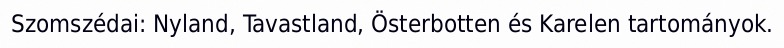
Szomszédai: Nyland, Tavastland, Österbotten és Karelen tartományok.